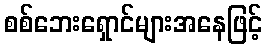
စစ်ဘေးရှောင်များအနေဖြင့်